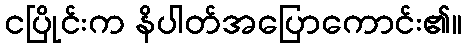
ငပြိုင်းက နိပါတ်အပြောကောင်း၏။